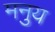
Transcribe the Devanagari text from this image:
मनुय